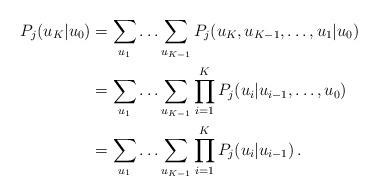
LaTeX: \begin{align*}P_j(u_{K}\vert u_0)&=\sum_{u_{1}}\ldots \sum_{u_{K-1}}P_j(u_{K}, u_{K-1}, \ldots, u_{1}\vert u_0)\\&=\sum_{u_{1}}\ldots \sum_{u_{K-1}}\prod_{i=1}^{K}P_j(u_{i}\vert u_{i-1}, \ldots, u_0)\\&\stackrel{}{=}\sum_{u_{1}}\ldots \sum_{u_{K-1}}\prod_{i=1}^{K}P_j(u_{i}\vert u_{i-1})\,.\end{align*}